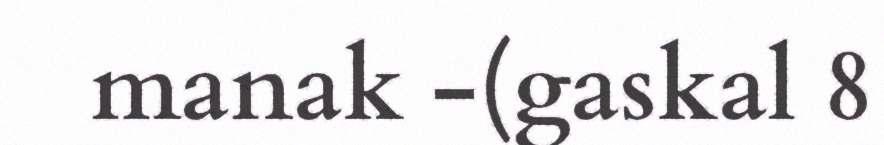
manak -(gaskal 8